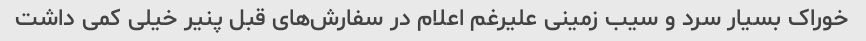
خوراک بسیار سرد و سیب زمینی علیرغم اعلام در سفارش‌های قبل پنیر خیلی کمی داشت